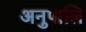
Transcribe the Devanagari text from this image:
अनुपालि